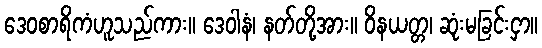
ဒေဝစာရိကံဟူသည်ကား။ ဒေဝါနံ၊ နတ်တို့အား။ ဝိနယတ္တ၊ ဆုံးမခြင်းငှာ။